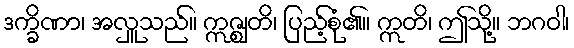
ဒက္ခိဏာ၊ အလှူသည်။ ဣဇ္ဈတိ၊ ပြည့်စုံ၏။ ဣတိ၊ ဤသို့။ ဘဂဝါ၊